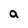
Character: a